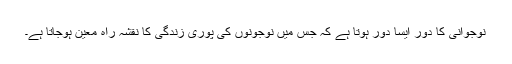
نوجوانی کا دور ایسا دور ہوتا ہے کہ جس میں نوجونوں کی پوری زندگی کا نقشہ راہ معین ہوجاتا ہے۔